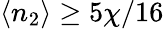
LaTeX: \langle n_{2}\rangle\geq 5\chi/16